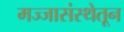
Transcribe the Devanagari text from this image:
मज्जासंस्थेतून